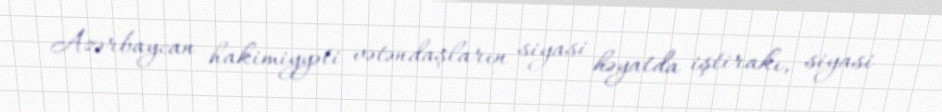
Azərbaycan hakimiyyəti vətəndaşların siyasi həyatda iştirakı, siyasi